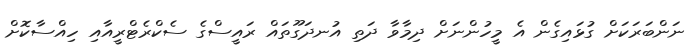
ނަންބަރަކަށް ގުޅައިގެން އެ މީހުންނަށް ދިމާވާ ދަތި އުނދަގޫތައް ރައީސްގެ ސެކްރެޓްރީއާއި ހިއްސާކޮށް